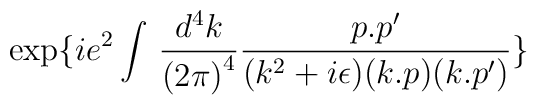
\exp\{ie^2\int\,\frac{d^4k}{{(2\pi)}^4}\frac{p.p'}{(k^2+i\epsilon)(k.p)(k.p')}\}